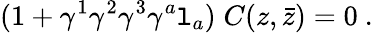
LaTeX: (1+\gamma^{1}\gamma^{2}\gamma^{3}\gamma^{a}\mathtt{l}_{a})\; C(z,\bar{{z}})=0\ .